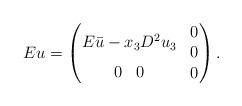
LaTeX: \begin{align*} Eu = \begin{pmatrix} \begin{matrix} E\bar{u} - x_3 D^2u_3 \end{matrix} & \begin{matrix} 0 \\ 0 \end{matrix} \\ \begin{matrix} 0 & 0 \end{matrix} & 0 \end{pmatrix}.\end{align*}